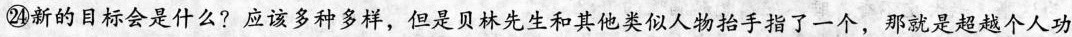
㉔新的日标会是什么?应该多种多样，但是贝林先生和其他类似人物抬手指了一个，那就是超越个人功